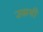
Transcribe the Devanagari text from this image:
उसमी